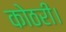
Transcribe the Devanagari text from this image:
कोठरी।